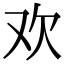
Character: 欢